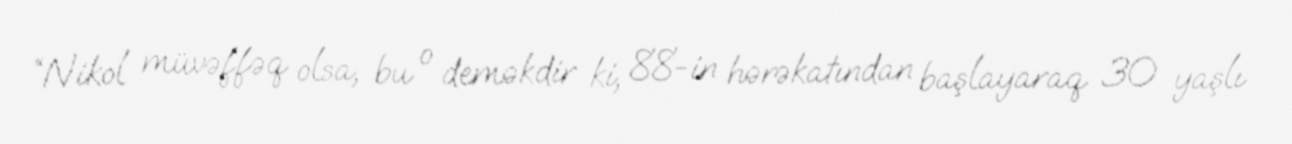
“Nikol müvəffəq olsa, bu o deməkdir ki, 88-in hərəkatından başlayaraq 30 yaşlı